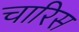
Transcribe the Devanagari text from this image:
चारिस